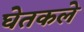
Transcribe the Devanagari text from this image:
घेतकले